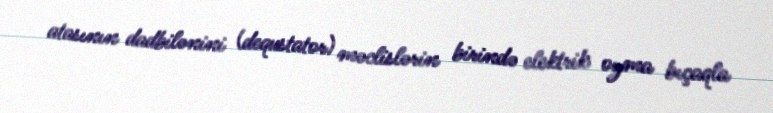
atasının dadbilənini (dequstator) məclislərin birində elektrik oyma bıçaqla